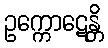
ဥက္ကောဋေန္တိ